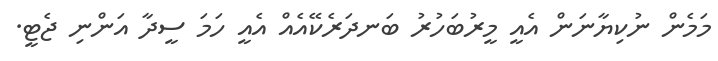
މަމެން ނުކިޔާނަން އެއީ މީރުބަހުރު ބަނދަރެކޭއެއް އެއީ ހަމަ ސީދާ އަންނި ޖެޓީ.